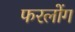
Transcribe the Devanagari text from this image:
फरलोंग